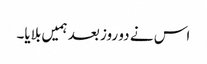
اس نے دو روز بعد ہمیں بلایا۔